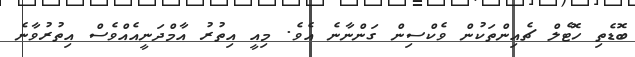
ބޮޑެތި ހޮޓެލް ޗެއިންތަކުން ވެކްސިން ގަންނާނެ އެވެ. މިއީ އިތުރު އާމްދަނީއެއްވެސް އިތުރުވާނެ